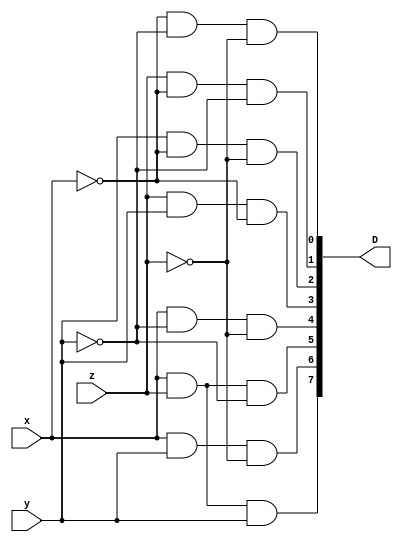
module Decoder_3x8(
    input x, y, z,
    output [7:0] D
    );
    wire [2:0] D0_wire,D1_wire;

    and G0(D[0],D0_wire[0],D0_wire[1],D0_wire[2]);
    and G1(D[1],z,D0_wire[0],D0_wire[1]);
    and G2(D[2],y,D0_wire[0],D0_wire[2]);
    and G3(D[3],z,y,D0_wire[0]);
    and G4(D[4],x,D0_wire[1],D0_wire[2]);
    and G5(D[5],x,z,D0_wire[1]);
    and G6(D[6],x,y,D0_wire[2]);
    and G7(D[7],x,z,y);

    not G8(D0_wire[0],x);
    not G9(D0_wire[1],y);
    not G10(D0_wire[2],z);

    
endmodule